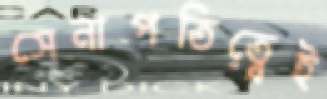
সেনাপতিত্বেই